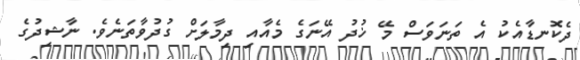
ދެކޮނޑާއެކު އެ ތަނަވަސް މޭ ޚުދު އޭނަގެ މެއާއި ދިމާލަށް ގުދުވާތަނެވެ. ނާޝިދުގެ